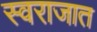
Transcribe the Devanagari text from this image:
स्वराजात